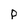
Character: P